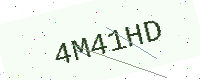
Text: 4M41HD